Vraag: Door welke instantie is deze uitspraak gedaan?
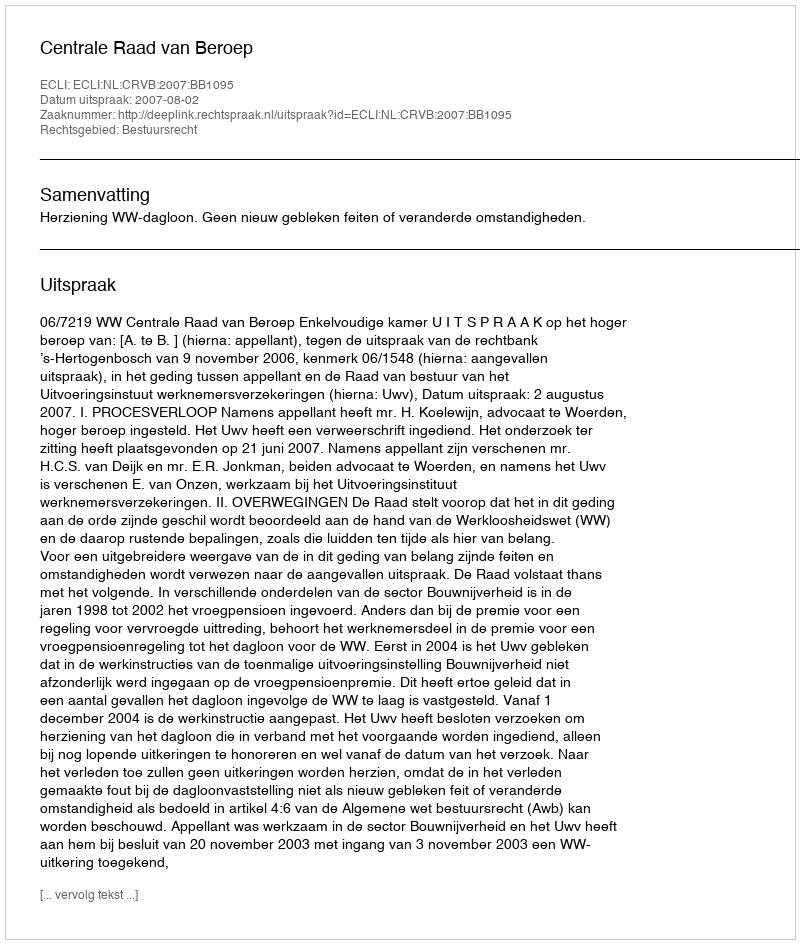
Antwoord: Centrale Raad van Beroep